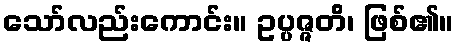
သော်လည်းကောင်း။ ဥပ္ပဇ္ဇတိ၊ ဖြစ်၏။